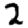
Digit: 2